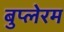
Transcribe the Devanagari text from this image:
बुप्लेरम